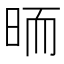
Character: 𣆝